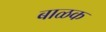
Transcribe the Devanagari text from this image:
बाळक